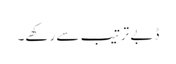
ڈبے ترتیب سے رکھے۔